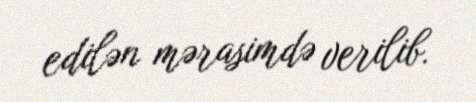
edilən mərasimdə verilib.